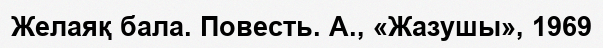
Желаяқ бала. Повесть. А., «Жазушы», 1969